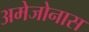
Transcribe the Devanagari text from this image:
अमेजोनास